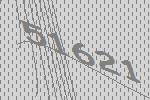
51621